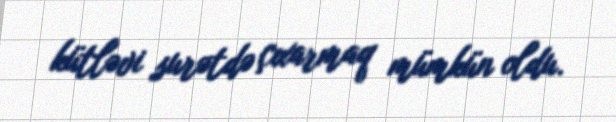
kütləvi surətdə çıxarmaq mümkün oldu.